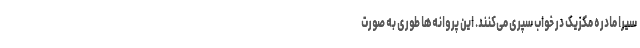
سیرا مادره مکزیک در خواب سپری می‌کنند. این پروانه‌ها طوری به صورت